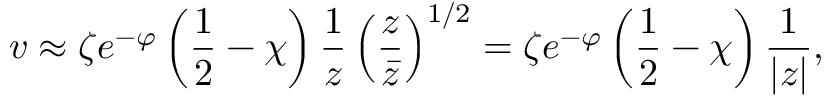
v \approx \zeta e ^ { - \varphi } \left( \frac { 1 } { 2 } - \chi \right) \frac { 1 } { z } \left( \frac { z } { \bar { z } } \right) ^ { 1 / 2 } = \zeta e ^ { - \varphi } \left( \frac { 1 } { 2 } - \chi \right) \frac { 1 } { | z | } ,